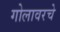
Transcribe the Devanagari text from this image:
गोलावरचे